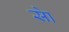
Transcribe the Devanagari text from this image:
सेा